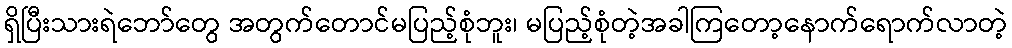
ရှိပြီးသားရဲဘော်တွေ အတွက်တောင်မပြည့်စုံဘူး၊ မပြည့်စုံတဲ့အခါကြတော့နောက်ရောက်လာတဲ့